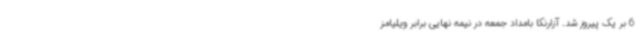
6 بر یک پیروز شد. آزارنکا بامداد جمعه در نیمه نهایی برابر ویلیامز